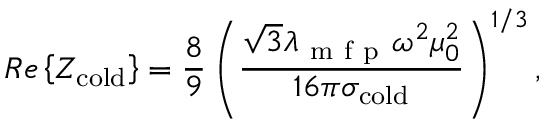
R e \left\{ Z _ { \mathrm { c o l d } } \right\} = \frac { 8 } { 9 } \left( \frac { \sqrt { 3 } \lambda _ { \mathrm { ~ m ~ f ~ p ~ } } \omega ^ { 2 } \mu _ { 0 } ^ { 2 } } { 1 6 \pi \sigma _ { \mathrm { c o l d } } } \right) ^ { 1 / 3 } ,